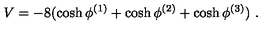
V = - 8 ( \cosh \phi ^ { ( 1 ) } + \cosh \phi ^ { ( 2 ) } + \cosh \phi ^ { ( 3 ) } ) \ .